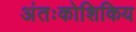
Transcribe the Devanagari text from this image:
अंतःकोशिकिय